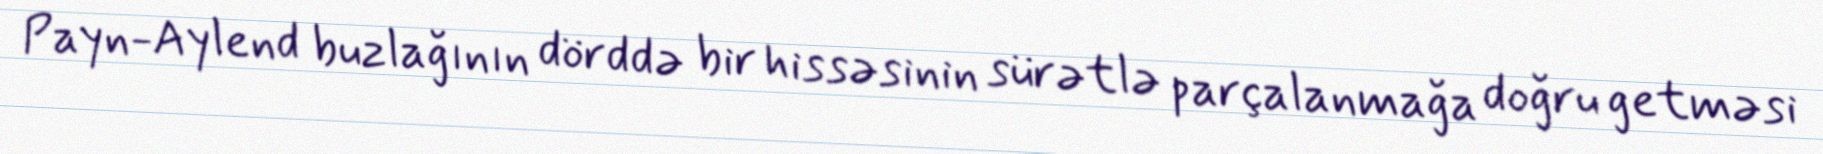
Payn-Aylend buzlağının dörddə bir hissəsinin sürətlə parçalanmağa doğru getməsi